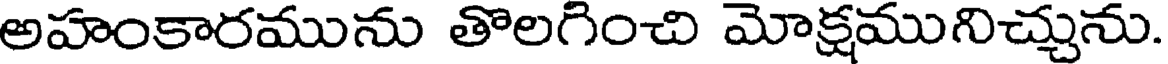
అహంకారమును తొలగించి మోక్షమునిచ్చును.